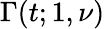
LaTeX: \Gamma(t;1,\nu)